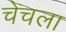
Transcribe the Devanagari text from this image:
चेचला